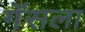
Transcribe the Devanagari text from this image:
गॅसला